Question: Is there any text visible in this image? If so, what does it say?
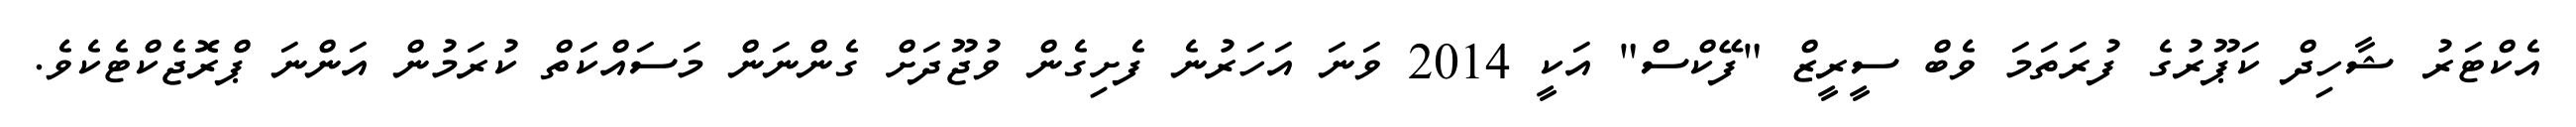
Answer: އެކްޓަރު ޝާހިދް ކަޕޫރުގެ ފުރަތަމަ ވެބް ސީރީޒް "ފޭކްސް" އަކީ 2014 ވަނަ އަހަރުނެ ފެށިގެން ވުޖޫދަށް ގެންނަން މަސައްކަތް ކުރަމުން އަންނަ ޕްރޮޖެކްޓެކެވެ.